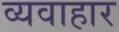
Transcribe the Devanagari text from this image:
व्यवाहार